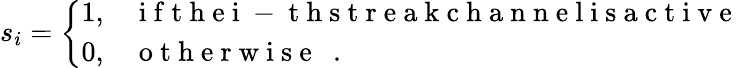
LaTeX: s_{i}=\left\{ \begin{array}{ll}{1,}&{\mathrm{~i~f~t~h~e~i~-~t~h~s~t~r~e~a~k~c~h~a~n~n~e~l~i~s~a~c~t~i~v~e~}}\\ {0,}&{\mathrm{~o~t~h~e~r~w~i~s~e~~~.~}}\end{array}\right.